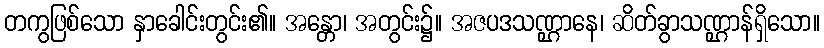
တကွဖြစ်သော နှာခေါင်းတွင်း၏။ အန္တော၊ အတွင်း၌။ အဇပဒသဏ္ဌာနေ၊ ဆိတ်ခွာသဏ္ဌာန်ရှိသော။